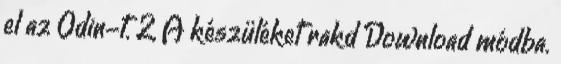
el az Odin-t. 2, A készüléket rakd Download módba.